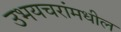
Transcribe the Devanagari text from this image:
उभयचरांमधील